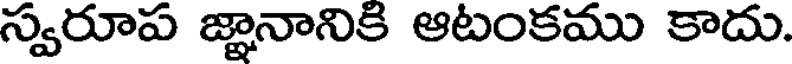
స్వరూప జ్ఞానానికి ఆటంకము కాదు.